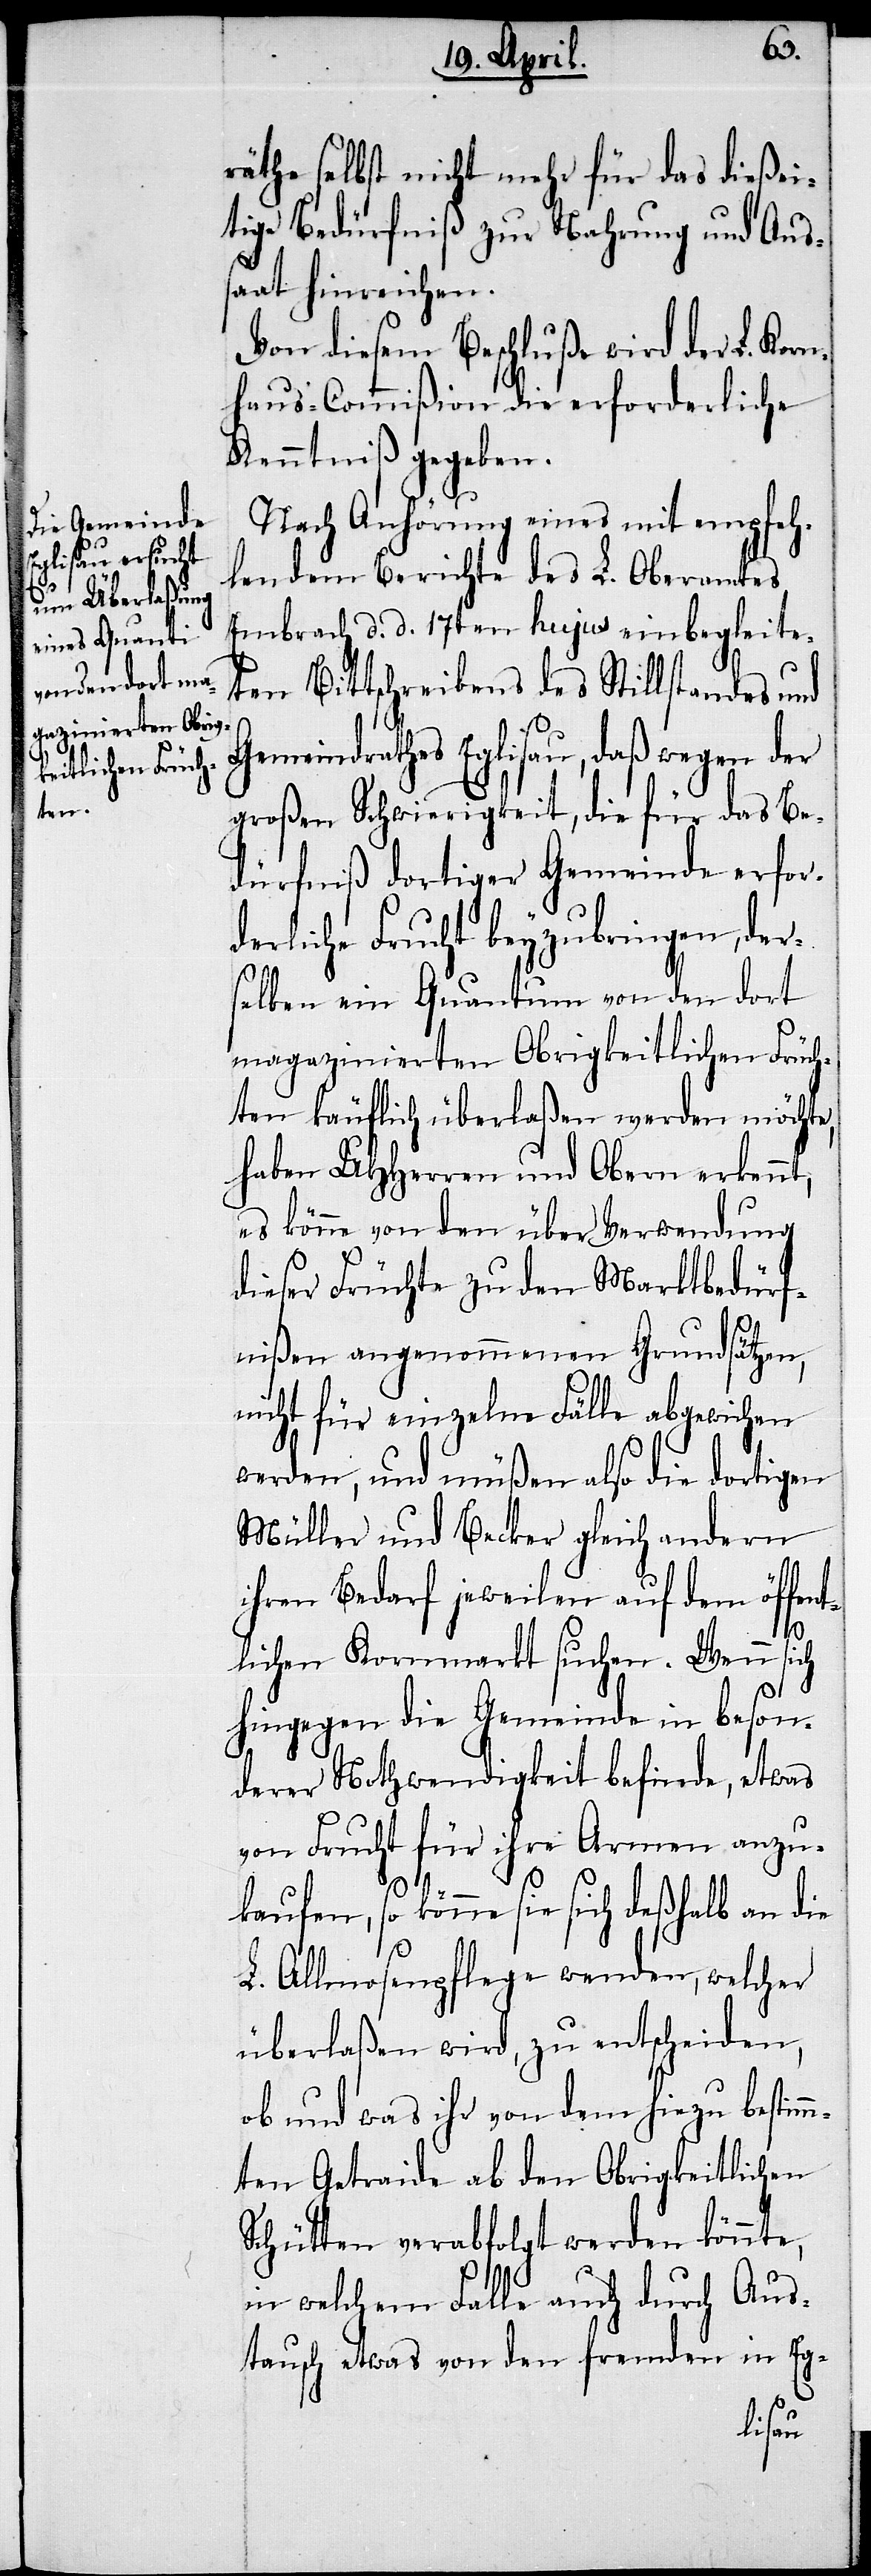
räthe selbst nicht mehr für das dießei¬
tige Bedürfniß zur Nahrung und Aus¬
saat hinreichen.
Von diesem Beschluße wird der L. Kor¬
nhaus-Commißion die erforderliche
Kenntniß gegeben.
Nach Anhörung eines mit empfeh¬
lendem Berichte des L. Oberamtes
Embrach d. d. 17ten hujus einbegleite¬
ten Bittschreibens des Stillstandes und
Gemeindrathes Eglisau, daß wegen der
großen Schwierigkeit, die für das Be¬
dürfniß dortiger Gemeinde erfor¬
derliche Frucht beyzubringen, der¬
selben ein Quantum von den dort
magazinierten Obrigkeitlichen Früch¬
ten käuflich überlaßen werden möchte,
haben UHHerren und Obern erkennt,
es könne von den über Verwendung
dieser Früchte zu den Marktbedürf¬
nißen angenommenen Grundsätzen,
nicht für einzelne Fälle abgewichen
werden, und müßen also die dortigen
Müller und Becker gleich andern
ihren Bedarf jeweilen auf dem öffen¬
tlichen Kornmarkt suchen. Wenn sich
hingegen die Gemeinde in beson¬
derer Nothwendigkeit befinde, etwas
von Frucht für ihre Armen anzu¬
kaufen, so könne sie sich deßhalb an die
L. Allmosenpflege wenden, welcher
überlaßen wird, zu entscheiden,
ob und was ihr von dem hiezu bestimm¬
ten Getraide ab den Obrigkeitlichen
Schütten verabfolgt werden könnte,
in welchem Falle auch durch Aus¬
tausch etwas von den fremden in Eg-